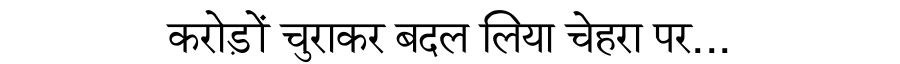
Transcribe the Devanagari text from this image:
करोड़ों चुराकर बदल लिया चेहरा पर...